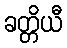
ခတ္တိယီ